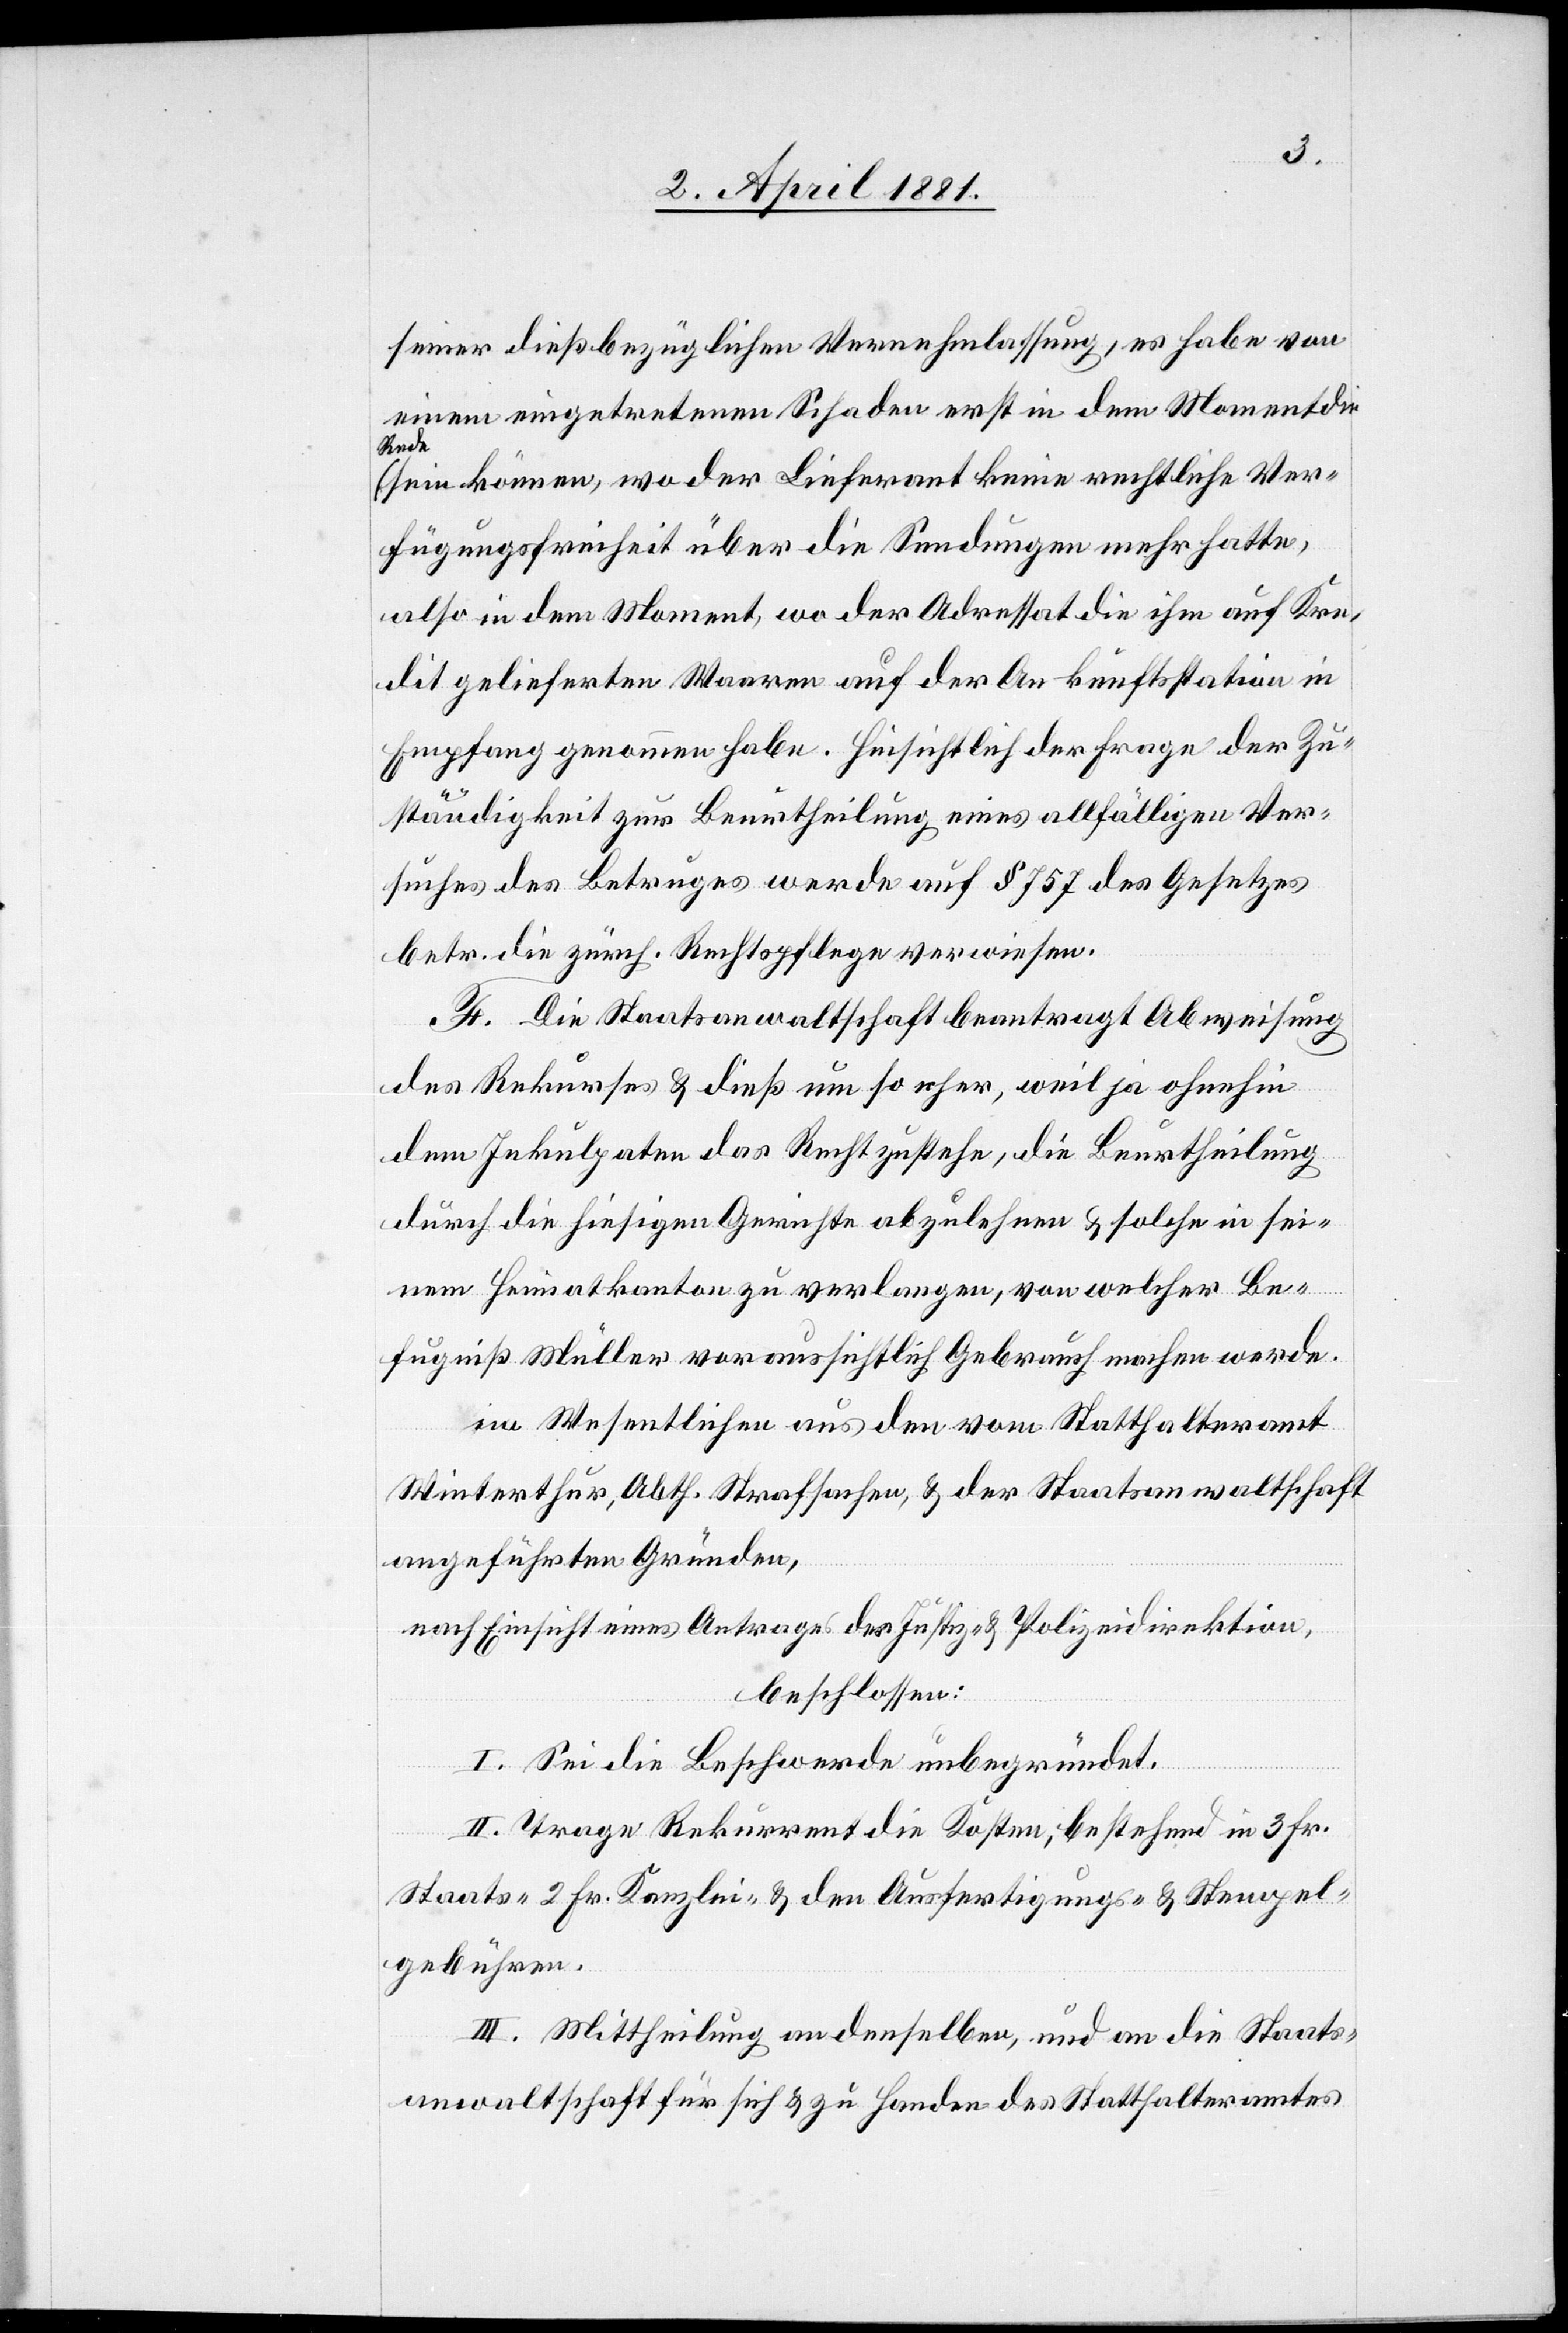
seiner dießbezüglichen Vernehmlassung, es habe von
einem eingetretenen Schaden erst in dem Moment die
Rede
sein können, wo der Lieferant keine rechtliche Ver¬
fügungsfreiheit über die Sendungen mehr hatte,
also in dem Moment, wo der Adressat die ihm auf Kre¬
dit gelieferten Waaren auf der Ankunftsstation in
Empfang genommen habe. Hinsichtlich der Frage der Zu¬
ständigkeit zur Beurtheilung eines allfälligen Ver¬
suches des Betruges werde auf § 757 des Gesetzes
betr. die zürch. Rechtpflege verwiesen.
H. Die Staatsanwaltschaft beantragt Abweisung
des Rekurses & dieß um so eher, weil ja ohnehin
dem Inkulpaten das Recht zustehe, die Beurtheilung
durch die hiesigen Gerichte abzulehnen & solche in sei¬
nem Heimatkanton zu verlangen, von welche Be¬
fugniß Müller voraussichtlich Gebrauch machen werde.
im Wesentlichen aus den vom Statthalteramt
Winterthur, Abth. Strafsachen, & der Staatsanwaltschaft
angeführten Gründen,
nach Einsicht eines Antrages der Justiz- & Polizeidirektion,
beschlossen:
I. Sei die Beschwerde unbegründet.
II. Trage Rekurrent die Kosten, bestehend in 3 Fr.
Staats-[,] 2 Fr. Kanzlei- & den Ausfertigungs- & Stempel¬
gebühren.
III. Mittheilung an denselben, und an die Staats¬
anwaltschaft für sich & zu Handen des Statthalteramtes